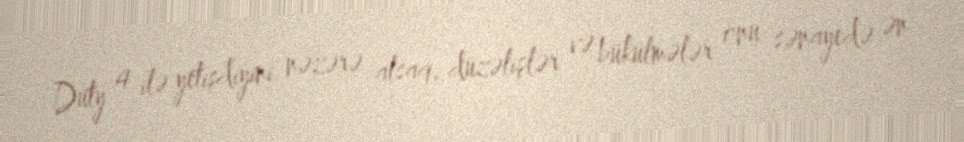
Duty 4 ilə yetişdiyini nəzərə alsaq, düzəlişlər və bükülmələr onu sənayedə ən